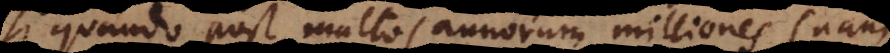
si quando post multos annorum milliones (nam